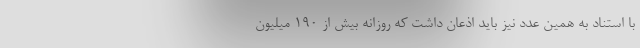
با استناد به همین عدد نیز باید اذعان داشت که روزانه بیش از 190 میلیون